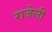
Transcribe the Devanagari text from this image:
राजेली